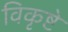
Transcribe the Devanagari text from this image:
विकृष्टे